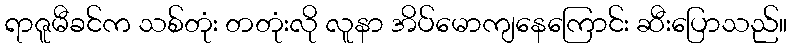
ရာဇူမီခင်က သစ်တုံး တတုံးလို လူနာ အိပ်မောကျနေကြောင်း ဆီးပြောသည်။